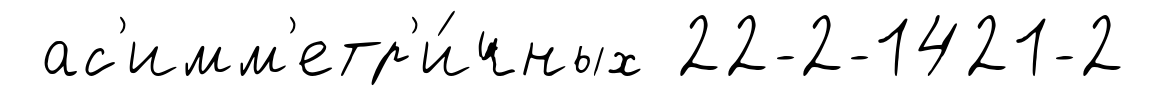
ас'имм'етр'и́чных 22-2-1421-2